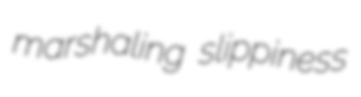
marshaling slippiness